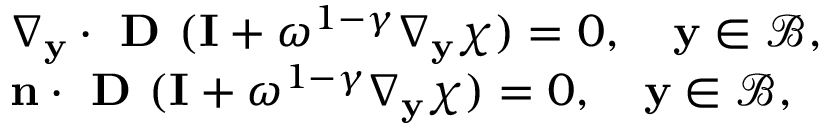
\begin{array} { r l } & { \nabla _ { \mathbf y } \cdot \textbf { D } ( \mathbf I + \omega ^ { 1 - \gamma } \nabla _ { \mathbf y } \boldsymbol { \chi } ) = 0 , \quad \mathbf y \in \mathcal B , } \\ & { \mathbf n \cdot \textbf { D } ( \mathbf I + \omega ^ { 1 - \gamma } \nabla _ { \mathbf y } \boldsymbol { \chi } ) = 0 , \quad \mathbf y \in \mathcal B , } \end{array}